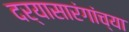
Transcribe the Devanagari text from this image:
दर्यासारंगांच्या